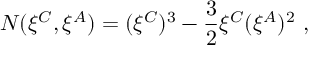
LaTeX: { \cal N } ( \xi ^ { C } , \xi ^ { A } ) = ( \xi ^ { C } ) ^ { 3 } - { \frac { 3 } { 2 } } \xi ^ { C } ( \xi ^ { A } ) ^ { 2 } \ ,